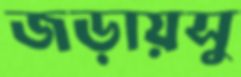
জড়ায়সু